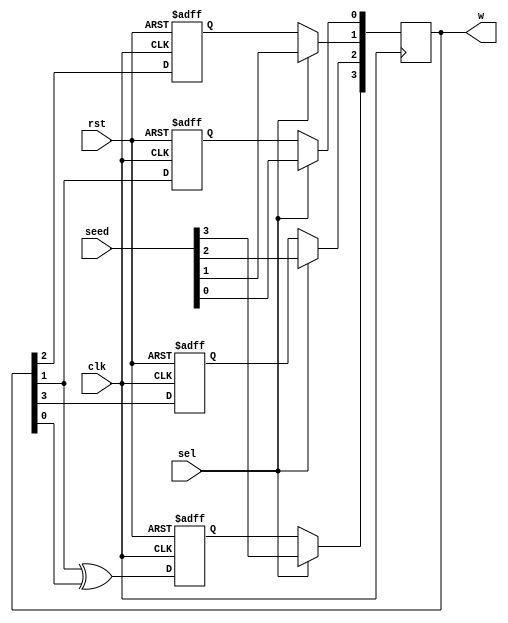
`timescale 1ns / 1ps
//////////////////////////////////////////////////////////////////////////////////
// Company: 
// Engineer: 
// 
// Design Name: 
// Module Name:    ifsr 
// Project Name: 
// Target Devices: 
// Tool versions: 
// Description: 
//
// Dependencies: 
//
// Revision: 
// Revision 0.01 - File Created
// Additional Comments: 
//
//////////////////////////////////////////////////////////////////////////////////

// Assignment number - 5
// Problem number - 1 (source file)
// Semester - 5 (Aut 2021)
// Group number - 5
// Group Member 1 - Suryam Arnav Kalra (19CS30050)
// Group Member 2 - Kunal Singh (19CS30025)

module lfsr(clk, rst, seed, sel, w);
	input clk, rst, sel;
	input[3:0] seed;
	output reg[3:0] w;
	reg[0:0] w1, w2, w3, w4, w5;
	
	// at negative edge we are setting the output
	// according to input seed and our registers
	always @(negedge clk) begin
		w[3] = sel ? seed[3] : w1;
		w[2] = sel ? seed[2] : w2;
		w[1] = sel ? seed[1] : w3;
		w[0] = sel ? seed[0] : w4;
	end
	
	always @(posedge clk or posedge rst) begin
	// at reset making all the bits zero
		if(rst) begin
			w1 = 0;
			w2 = 0;
			w3 = 0;
			w4 = 0;
			w5 = 0;
		end
	// here we are shifting the bits
		else begin
			w2 = w[3];
			w3 = w[2];
			w4 = w[1];
			w5 = w[0];
			w1 = w4^w5;
		end
	end
	
endmodule